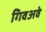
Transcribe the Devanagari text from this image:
गिवअवे